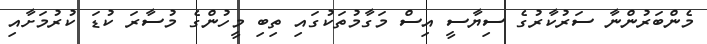
މެންބަރުންނާ ސަރުކާރުގެ ސިޔާސީ އިސް މަގާމުތަކުގައި ތިބި މީހުންގެ މުސާރަ ކުޑަ ކުރުމަށާއި